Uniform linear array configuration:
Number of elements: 16
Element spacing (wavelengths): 0.5
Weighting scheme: exponential
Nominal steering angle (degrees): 0
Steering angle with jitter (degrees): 0.9947
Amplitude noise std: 0.05
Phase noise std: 0.05

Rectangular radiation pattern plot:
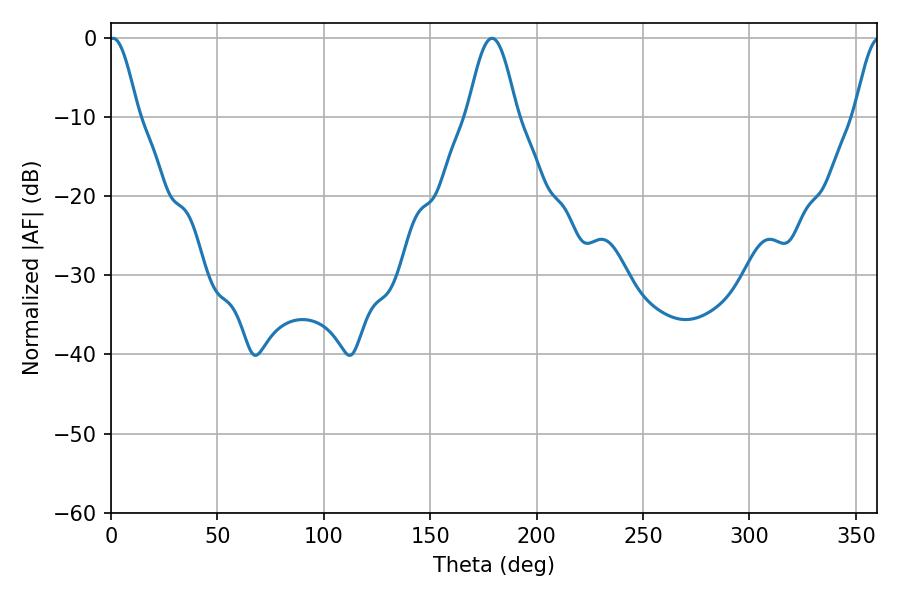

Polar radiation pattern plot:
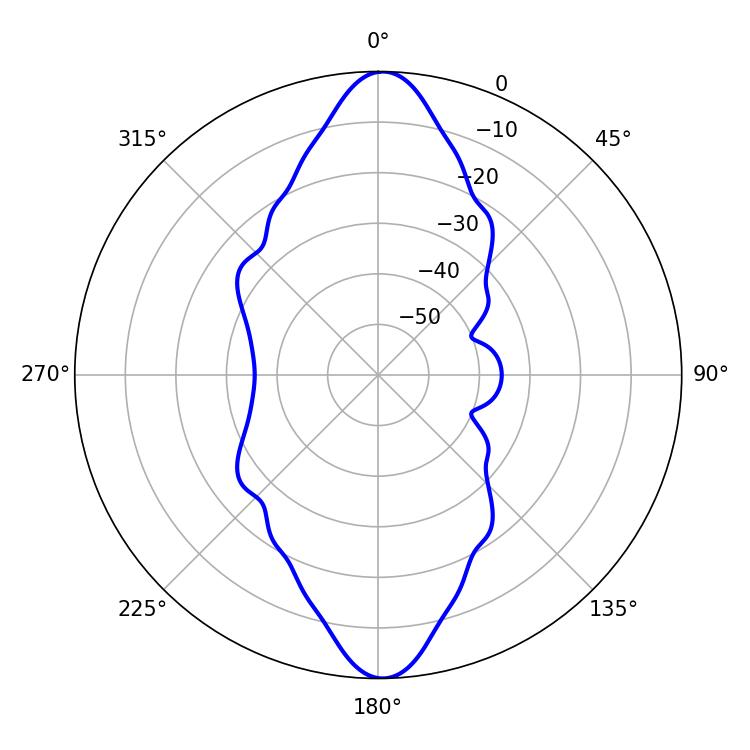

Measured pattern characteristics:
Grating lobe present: FALSE
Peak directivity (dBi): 24.579
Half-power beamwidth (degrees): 7.2
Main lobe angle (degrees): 0.9